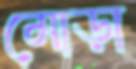
মোড়া